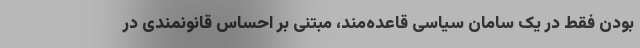
بودن فقط در یک سامان سیاسی قاعده‌مند، مبتنی بر احساس قانونمندی در